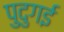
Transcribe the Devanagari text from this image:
पुदुगई